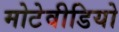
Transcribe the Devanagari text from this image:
मोटेवीडियो